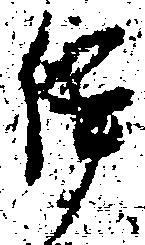
伊